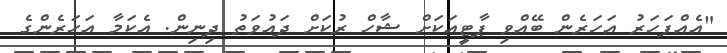
"އެއްފަހަރު އަހަރެން ބޭއްވި ޕާޓީއަކަށް ޝާހް ރުކަށް ދައުވަތު ދިނިން. އެކަމާ އަހަރެންގެ